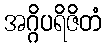
အဂ္ဂိပရိဇိတံ